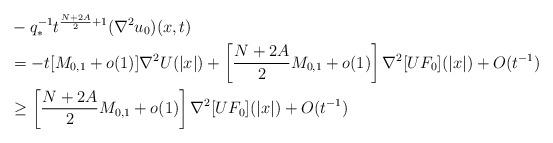
LaTeX: \begin{align*} & -q_*^{-1}t^{\frac{N+2A}{2}+1}(\nabla^2 u_0)(x,t)\\ & =-t[M_{0,1}+o(1)]\nabla^2 U(|x|)+\left[\frac{N+2A}{2}M_{0,1}+o(1)\right]\nabla^2[UF_0](|x|)+O(t^{-1})\\ & \ge\left[\frac{N+2A}{2}M_{0,1}+o(1)\right]\nabla^2[UF_0](|x|)+O(t^{-1})\end{align*}